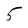
Character: 5